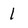
Character: 1